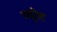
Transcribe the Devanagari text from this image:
म्यूरेट